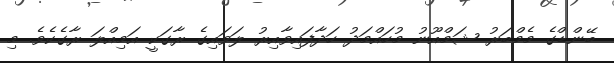
ބޭންޑްގެ މެމްބަރު ޝަމްއޫނު މުހައްމަދު ހަދާފައިވާއިރު ލަވައިގެ ރާގަކީ އަމިއްލަ ރާގެކެވެ. މި